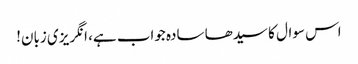
اس سوال کا سیدھا سادہ جواب ہے، انگریزی زبان!